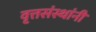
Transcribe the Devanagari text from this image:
वृत्तसंस्थांनी